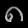
Digit: ၈